Bréfritari: Erlendur Ólafsson
Viðtakandi: Jón Borgfirðings Jónsson
Dagsetning: A-1868-02-25
Skrifað á: Akureyri  Eyf.

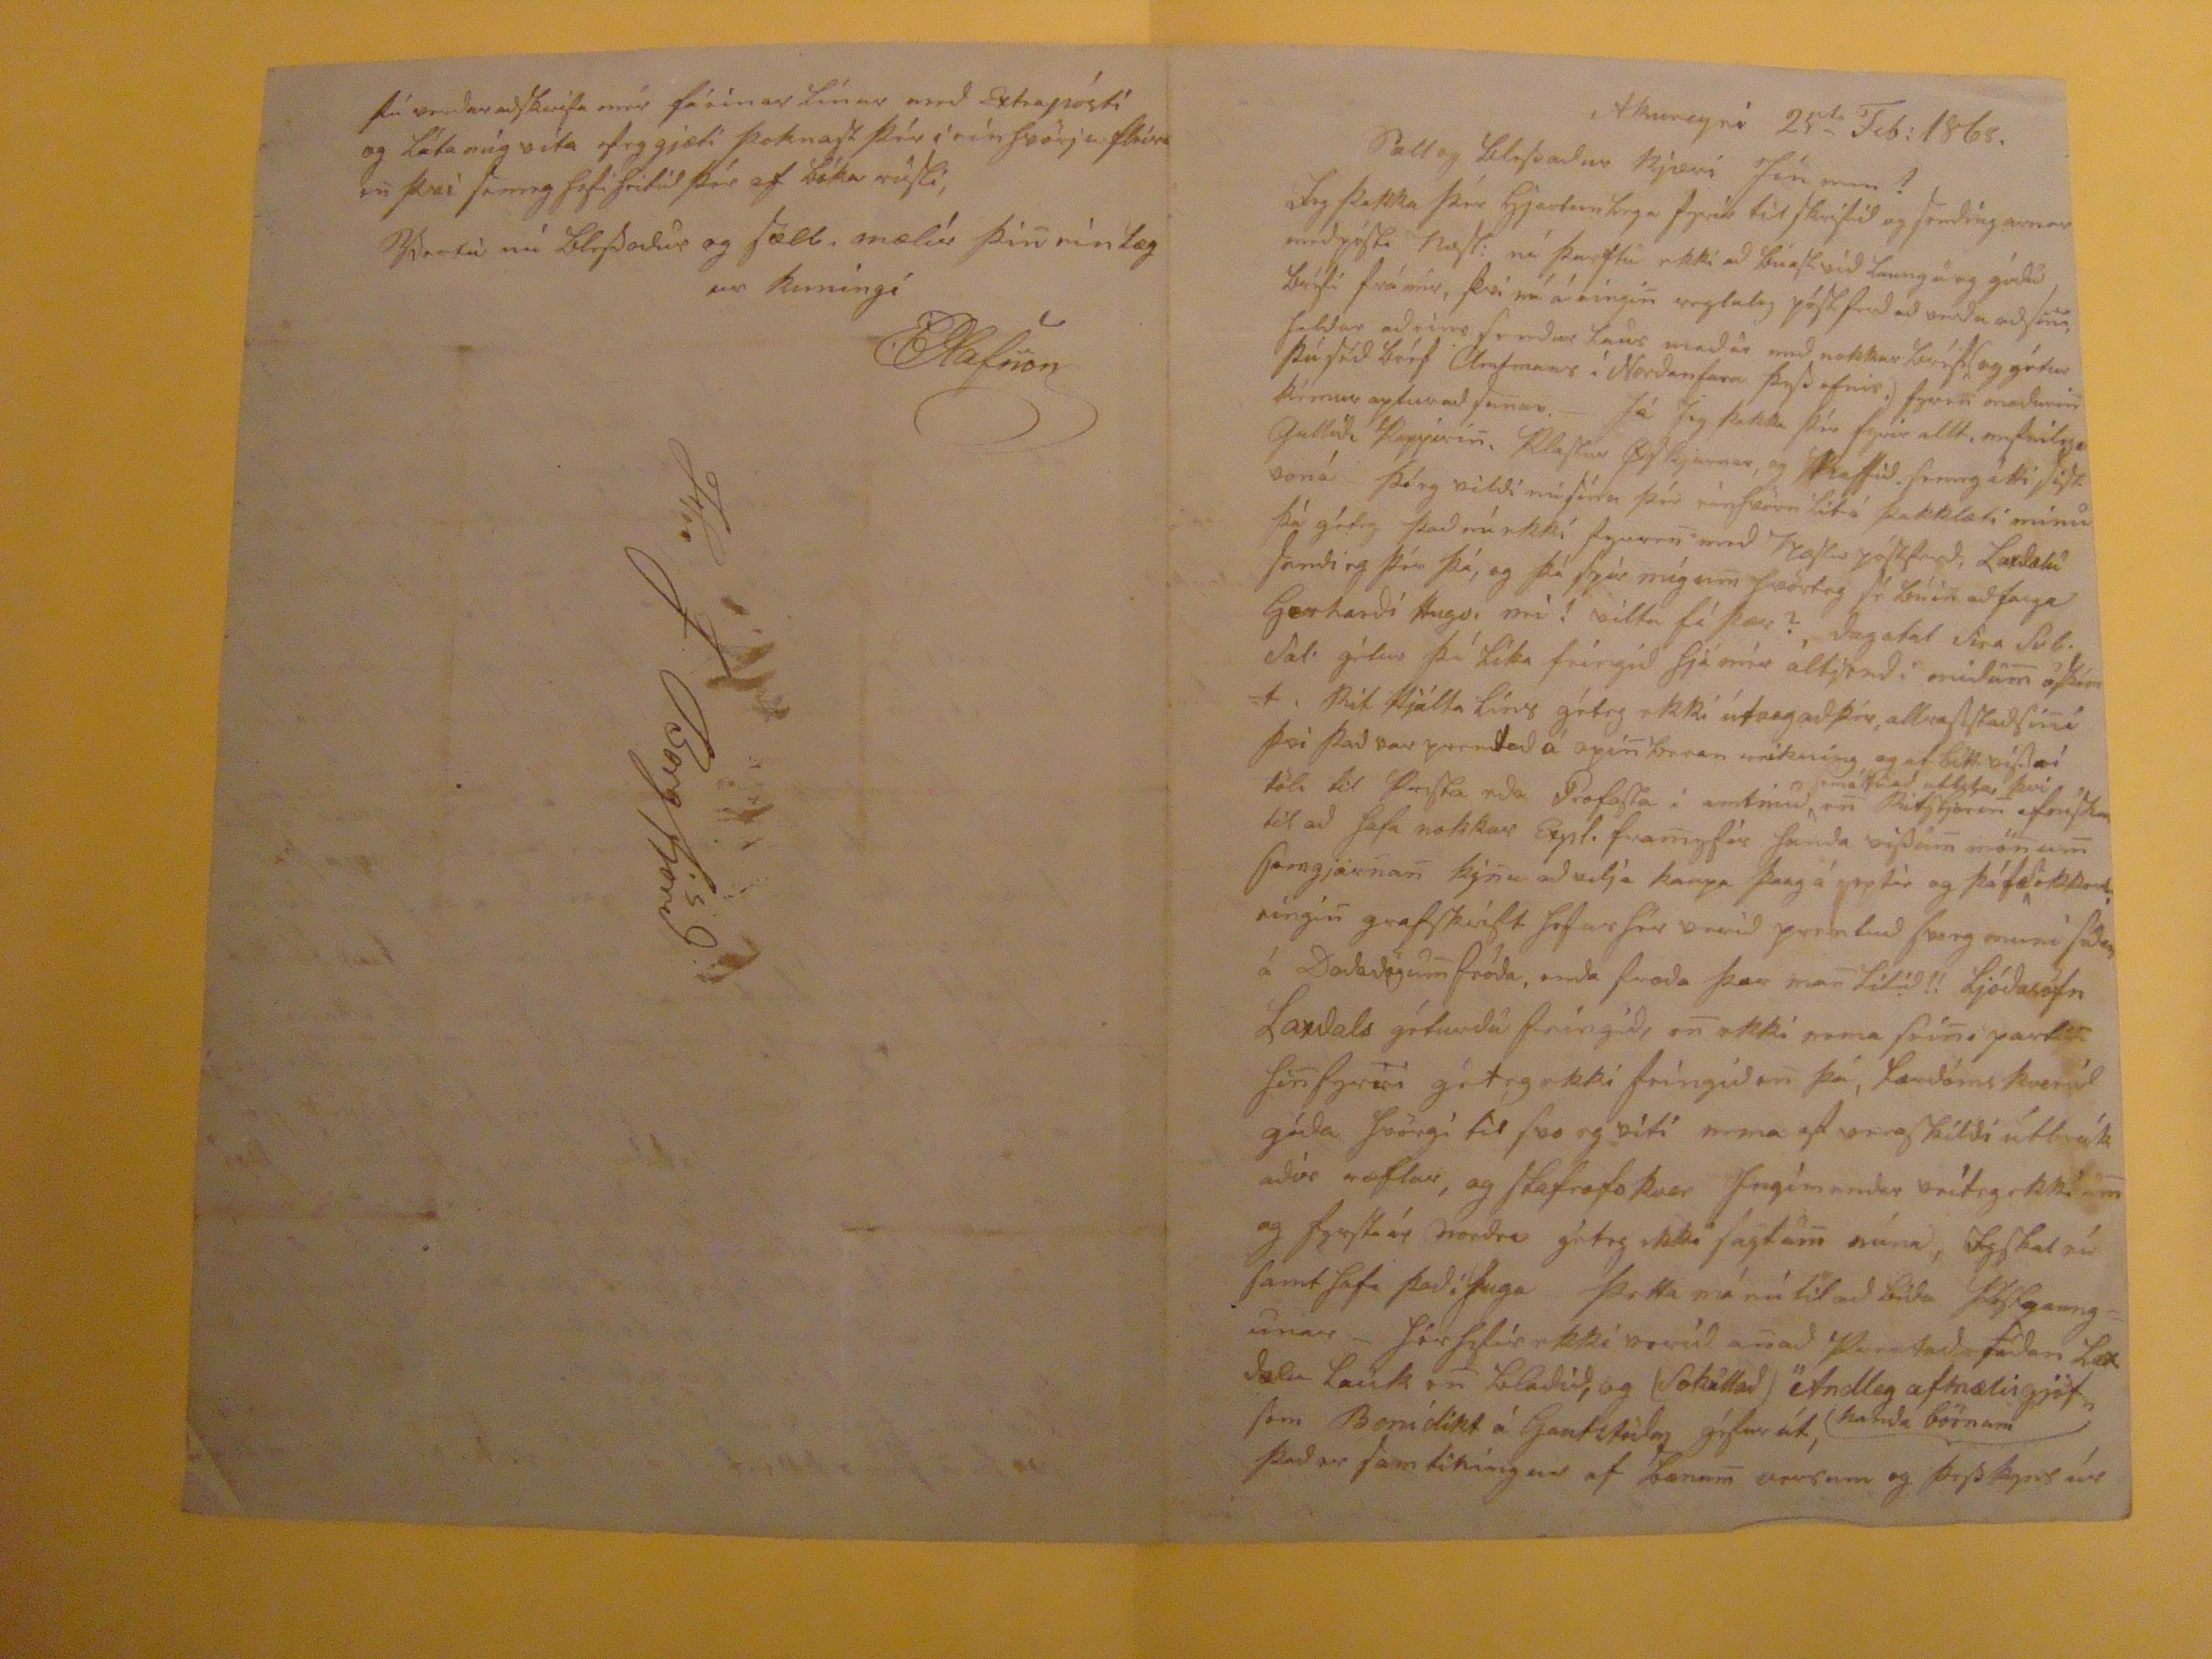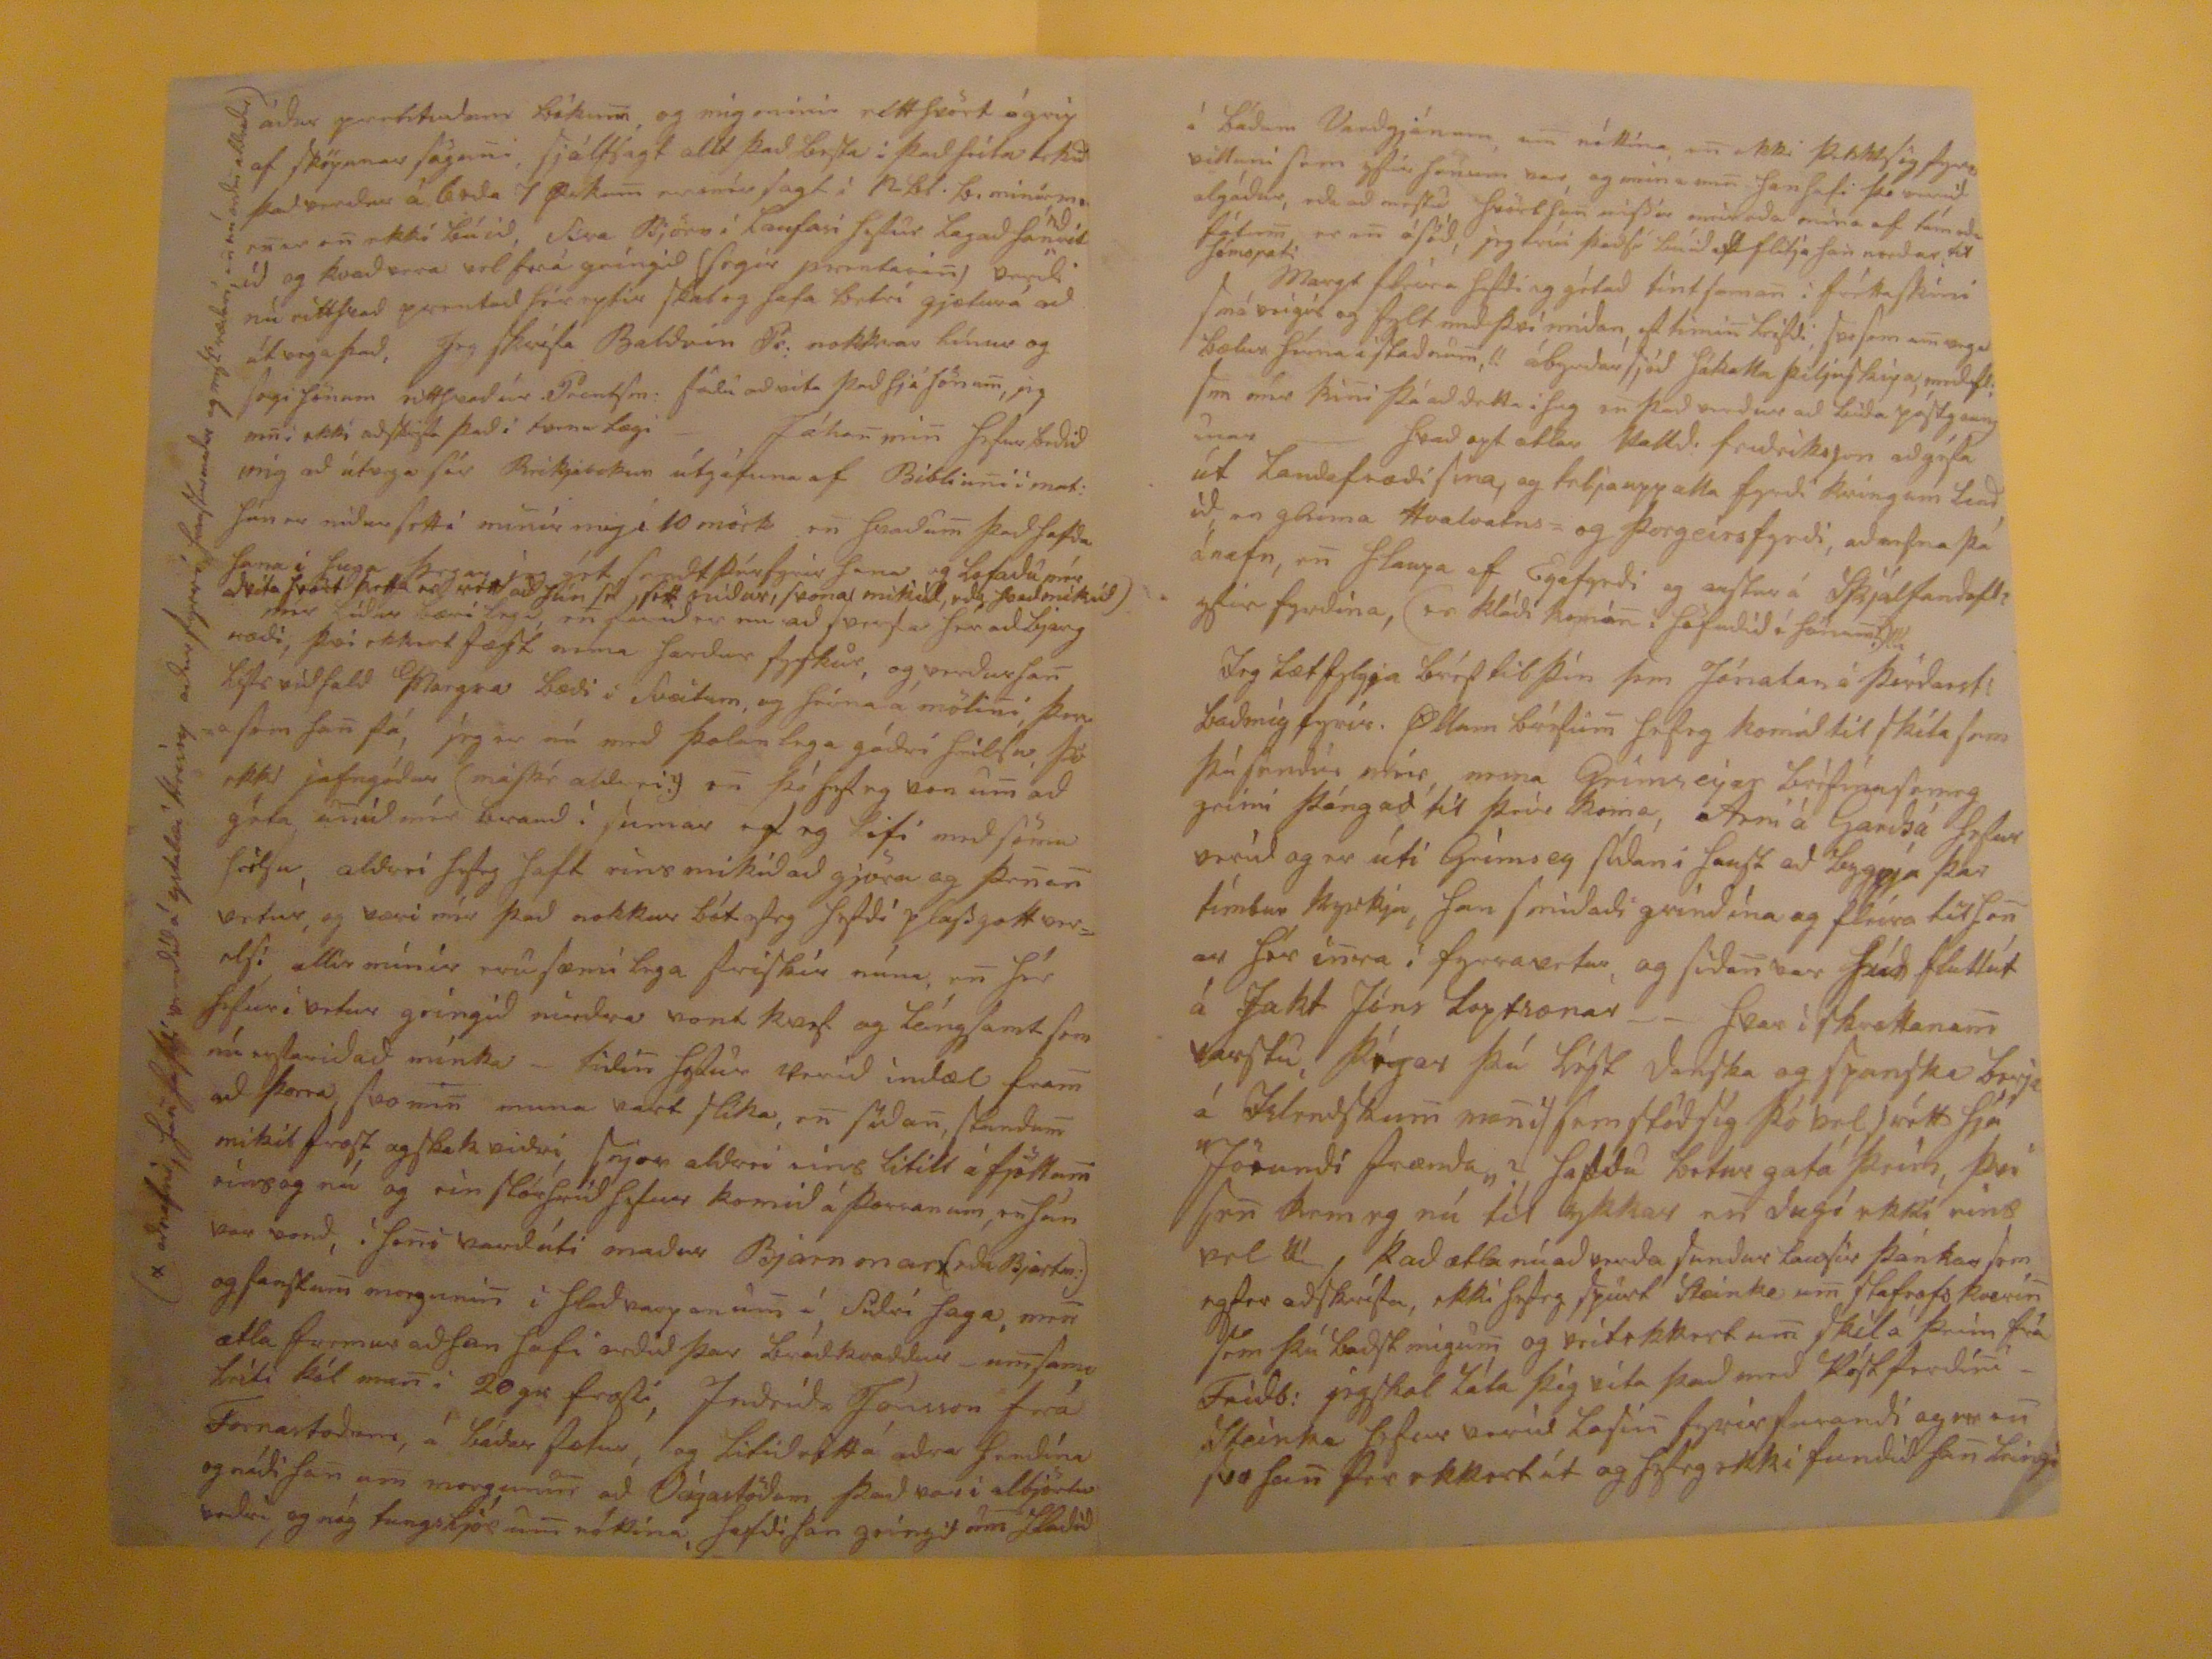

Akureyri 25
ta
Feb: 1868
Sæll og blessaður kjæri jón minn!
Jeg þakka þér hjartanlega fyrir til skrifið og sendíngarnar með pósti
næst:
nú þurtu ekki að búast við laungu og góðu bréfi frá mér, þvi nú á eingi
n
regluleg póstferð að verða
aðsinn
, heldur að eins
sendur lans
maður með nokkur bréf(og gétur þú séð bréf Amtmans í Norðanfara þess efnis.) fyre
n
maðurin kémur aptur að su
n
an.- Já Jeg þakka þér fyrir allt, nefnilega Gullið Pappíri
n
,
Alastur Ofkjurnar
, og hafið semeg átti víst voná þó eg vildi nú sína þér einhvörn litá þakklæti mínu þá géteg það nú ekkí fyrre
n
með
Næstu
póstferð, Laxdælu sendi eg þér þá, og þá spir míg u
m
hvörteg sé búin að
fapa
Gerhardi
stugs, mé
! viltu fá þær? dagatal Sira Sub. Sal. gétur þú líka feingið hjá mer altjend i midam
m
???
. Rit Hjalta líns géteg ekki útvegað þér, allrasistaðsi
n
i þvi það var prentað á opi
n
beran reikníng og af
bítt víst að tölu
til Presta eða Profasta i amtinu
máttu að
ut??? því
e
n
ritstjóri
n
efnisk??
til að hafa nokkur Expl. fra
m
yfir handa vissu
m
mö
n
u
m
sarngjar
n
a
n
kj
n
u að velja kaupaa þaug á eptir og þáfær ekkert eingi
n
grafskrift hefur hér verið prentuð hvorg muni suður á
Daladögum
fróða, enda færða þær ma
n
lítið!! Ljóðasöfn Laxdals géturdu feingið, e
n
ekki nema sei
n
iparti
n
hi
n
fyrri géteg ekki feingið e
n
þá, lærdóms kverið góða hvörgi til svo eg viti nema ef vera skildi
útbrákaðúr
ræflar, og stafrofskver Ingímundar veiteg ekki u
m
og fyrsta úr norðra gét eg ekki sagtu
n
núna, Jeg skal nú samt hafa þaði huga þetta má nú til að bíða
???unar
- hér hefur ekki verið a
n
að
Verataðasíðan
Laxdælu lauk e
n
blaðið, og (sokulluð) "Andleg afmælisgjörf"
handa börnum
sem Benidikt á
Gantstuleg
géfur út, það er samtiníngur af bænu
m
versum og þesskyns úr
áður
prettvidum
bóku
m
, og mig minir rétthvört ógrip af sköpunar sögu
n
i sjálfsagt allt það bersta i það heila tekið það verður á 6rda 7
pekum
var mér sagt í 12bl. b.
minámenur
e
n
ekki búið, Síra Björn í Laufasi hefur lagað handritið og kvað vera vel fara geingið (segir prentari
n
) verði nú eitthvað prentað hér eptir skal eg hafa betri gjæturá að útvega það, Jeg skrifa Baldvin Pr. nokkrar línur og segi honum eitthvað úr Prentsm: fádu að rita það hjá hönu
m
, jeg
m
n
i ekki aðskrifa það i tvenulægi - Jóha
n
mi
n
hefur beðið mig að útvega sér
Reikjavekun
útgáfuna af Bibliu
n
i i mat: Jón er niður settá mi
n
ir mig í 10 mörk e
n
hvaðu
m
það hafðu hana i huga þegar jeg gét sendt þér fyrir hana og lofaðu mér að vita hvort þetta er vont að hún sé sett niður, svona mikid, eða þaðmikið) mér líður bærilega, e
n
farið er nu að sverfa hér að bjargræði, þvi ekkert fæst nema hardur fyskur, og verður ha
n
lífr víðfald Margra
bæði í Sveitum, og heima á möli
n
i, þena sem ha
n
fá, jeg er nú með þolanlega góðri heilsu þó ekki jafngóður (máské aldrei?) e
n
þó hef eg von u
m
að géta u
n
ið mér brauð! sumar ef eg lifi með sömu seilu, aldrei hefeg haft eins mikið að gjöra og þe
n
a
n
vetur, og væri mér það nokkurbót efeg hefði plass gott verelsi allir mínir eru sæmilega frískir núna, e
n
hér hefur í vetur geingið
mindra
vont kvef og lángsamt sem nú
ruslaviðað mínka
- tíði
n
hefur verið indæl fram að þorra svo me
n
muna vart slíka, e
n
síðan, stundu
m
mikil frost og skak viðri, snjor aldrei eins litill á fjöllum eins og nú og ein stórhríð hefur komið á þorranum, en hún var vond, í he
n
i varðúti maður Bjarnmar x(eða Bjartm:) og fanstu
m
morguni
n
i hlavarpanum í Siðri haga, mér ætla fremur að han hafi orðið þar bradkvaddur um sama leiti kól me
n
i 20 gr frosti,
Indriða Jónsson
frá Fornastoðum, á bæaðar fætur, og litið eittá aðra hondína og naði ha
n
um morguni
n
að
Vágastöðum
það var i albjörtu veðri og nóg
tungskjor
um nóttina, hafði han geingið um hlaðið
(x að nefni, han hafði
verðið
á ystabæi Hrísey aður fyrrí
hranstarmaður
og missi ræðari, en nú orðin aldraður)
í báðum Varðgjánum, um nóttina e
n
ekki
þekktsög fyrer
villuni sem yfir honumvar, og
mina me
n
han hafi þo verið algáður, eða að mestu hvört sem vissir
mér
eða mina af
tám
eða fótum er e
n
á séð, jeg trúi það sé búið að flitja han norður til
hómopati
Margt fleira hefði eg gétað tínt sama
n
í frékaskini smá veigis og fylt með þvi miðan, ef timin leifði, svo sem
um vega
bætur hérna i staðnum!! ábyrðarsjóð hákalla þiljuskipa, meðfl. sem mér ki
n
i þó að detta í hug en það verður að bíða póstgaungunar hvað opt atlar
Valld.
friðriksson að géfa út Landafræði sina, og telja upp alla fyrði kringum
baðið
, en gleima Hvalvatns og Þorgeirsfyrði, að nefna þá ánafn, e
n
hlaupa af Eyafyrði og austur á skjálfandafl? yfir fyrðina, (er kláði komi
n
i höfuðið á hönum?)!!! Jeg læt fylgja bréf til þín sem Jónatan á
Þórðarst:
baðmig fyrir.
Öllum
bréfum hefeg komið til skila sem þú sendir mér, nema Grímseyar bréfinu semeg geimi þángað til þeir koma, Arni á Garðsá hefur verið og er útí Grímsey síðan i haust að leyggja þar tímbur kyrkju, han smiðaði hríndína og fleira til he
n
ar fór i
n
ra í fyrravetur, og síða
n
var að fluttút á Jakt Jóns Loptsonar _ _ hvar i skrattanu
m
varstu?
Þégar
þú lést Vanska og spanska
berja á
á Islendskum mo
n
i (sem stóð sig þó vel) rótt hjá "Jörundi frænda"? halda betur gata þeim, því se
n
kom eg nú tilykkar e
n
dugí ekki eins vel
??
, það ætla nú að verða sundur lausir þankar sem eg fer að skrifa, ekki hefeg spurt Steinka um stafrofskveri
n
sem þú baðst migum og veitekkert um skila þeim frá Fríðb: jeg skal láta þig vita það með Póstferði
n
i _ Steinka hefur verið lesi
n
fyrir
furandi
og er e
n
svo ha
n
fer ekkert út og hefeg ekki fundið ha
n
leingi
þú verður að skrifa mér fáeinar línur með Extrapósti og láta mig vita efeg gjæti þoknast þér i ein hvörju fleiru e
n
þvi semeg hefi heitið þér af bók arusli,
Vertu nú blessaður og sæll, mælir þi
n
einlægur kuningí
EOlafsson
Hr J. Borgfjörð